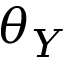
\theta _ { Y }